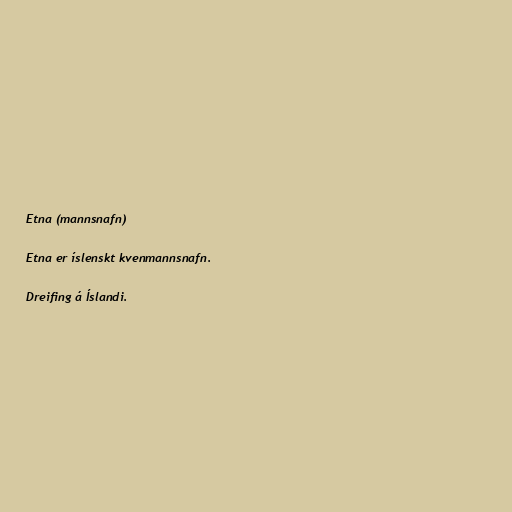
Etna (mannsnafn)

Etna er íslenskt kvenmannsnafn.

Dreifing á Íslandi.